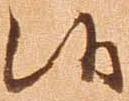
候